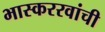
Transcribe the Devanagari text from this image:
भास्कररवांची